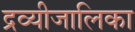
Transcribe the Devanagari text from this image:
द्रव्यीजालिका